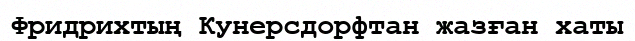
Фридрихтың Кунерсдорфтан жазған хаты